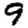
Digit: 9